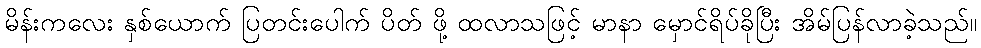
မိန်းကလေး နှစ်ယောက် ပြတင်းပေါက် ပိတ် ဖို့ ထလာသဖြင့် မာနာ မှောင်ရိပ်ခိုပြီး အိမ်ပြန်လာခဲ့သည်။